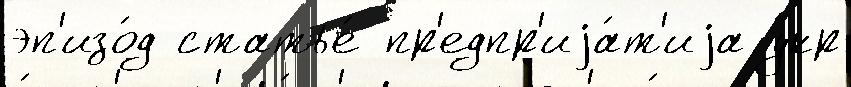
эп'изо́д статье́ пр'едпр'иjа́т'иjа укр